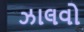
ઝાલવો